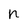
Character: n